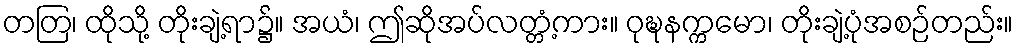
တတြ၊ ထိုသို့ တိုးချဲ့ရာ၌။ အယံ၊ ဤဆိုအပ်လတ္တံ့ကား။ ဝုဍ္ဎနက္ကမော၊ တိုးချဲ့ပုံအစဉ်တည်း။